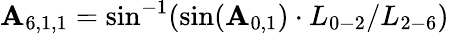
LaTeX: {\mathbf{A}_{6,1,1}}=\sin^{-1}(\sin({\mathbf{A}_{0,1}})\cdot{L_{0-2}}/{L_{2-6}})